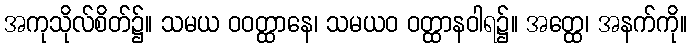
အကုသိုလ်စိတ်၌။ သမယ ဝဝတ္ထာနေ၊ သမယဝ ဝတ္ထာနဝါရ၌။ အတ္ထေ၊ အနက်ကို။